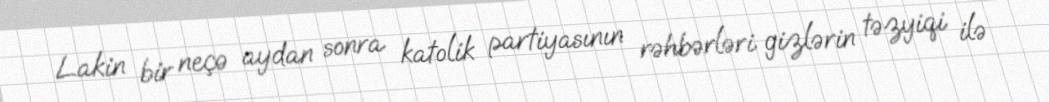
Lakin bir neçə aydan sonra katolik partiyasının rəhbərləri gizlərin təzyiqi ilə